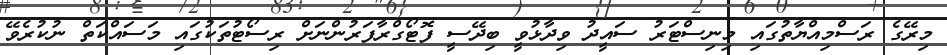
މިރޭގެ ރަސްމިއްޔާތުގައި މިނިސްޓަރު ސައީދު ވިދާޅުވީ ބިދޭސީ ފޮޓޯގްރާފަރުންނަށް ރިސޯޓުތަކުގައި މަސައްކަތް ނުކުރެވޭ